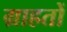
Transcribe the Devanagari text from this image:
ग्राहतों